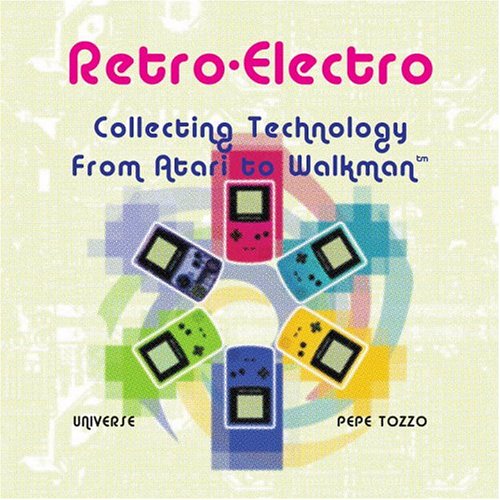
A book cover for Retro-Electro: Collecting Technology from Atari to Walkman; Pepe Tozzo; Crafts, Hobbies & Home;